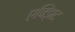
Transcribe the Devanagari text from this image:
एक्झिट